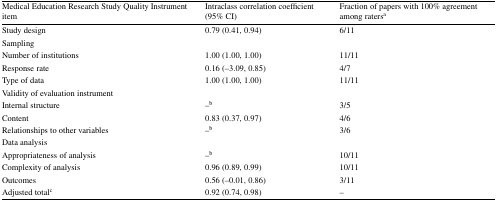
<table><thead><tr><td><b>Medical Education Research Study Quality Instrument item</b></td><td><b>Intraclass correlation coefficient (95% CI)</b></td><td><b>Fraction of papers with 100% agreement among raters<sup>a</sup></b></td></tr></thead><tbody><tr><td>Study design</td><td>0.79 (0.41, 0.94)</td><td>6/11</td></tr><tr><td colspan="3">Sampling</td></tr><tr><td>Number of institutions</td><td>1.00 (1.00, 1.00)</td><td>11/11</td></tr><tr><td>Response rate</td><td>0.16 (−3.09, 0.85)</td><td>4/7</td></tr><tr><td>Type of data</td><td>1.00 (1.00, 1.00)</td><td>11/11</td></tr><tr><td colspan="3">Validity of evaluation instrument</td></tr><tr><td>Internal structure</td><td>–<sup>b</sup></td><td>3/5</td></tr><tr><td>Content</td><td>0.83 (0.37, 0.97)</td><td>4/6</td></tr><tr><td>Relationships to other variables</td><td>–<sup>b</sup></td><td>3/6</td></tr><tr><td colspan="3">Data analysis</td></tr><tr><td>Appropriateness of analysis</td><td>–<sup>b</sup></td><td>10/11</td></tr><tr><td>Complexity of analysis</td><td>0.96 (0.89, 0.99)</td><td>10/11</td></tr><tr><td>Outcomes</td><td>0.56 (−0.01, 0.86)</td><td>3/11</td></tr><tr><td>Adjusted total<sup>c</sup></td><td>0.92 (0.74, 0.98)</td><td>–</td></tr></tbody></table>